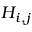
H _ { i , j }